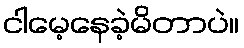
ငါမေ့နေခဲ့မိတာပဲ။